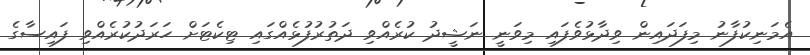
އެމަނިކުފާނު މިފަދައިން ވިދާޅުވެފައި މިވަނީ ނަޝީދު ކުރެއްވި ދަތުރުފުޅެއްގައި ޓިކެޓަށް ހަރަދުކުރެއްވި ފައިސާގެ